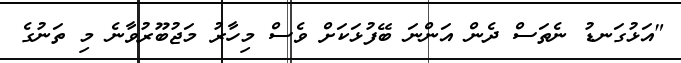
"އަޅުގަނޑު ނެތަސް ދެން އަންނަ ބޭފުޅަކަށް ވެސް މިހާރު މަޖުބޫރުވާނެ މި ތަނުގެ